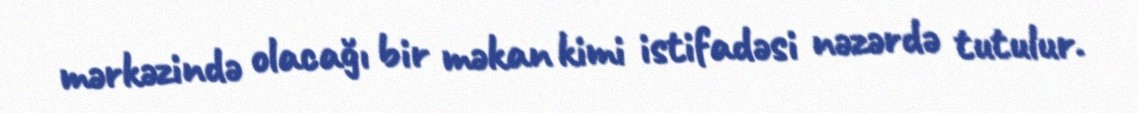
mərkəzində olacağı bir məkan kimi istifadəsi nəzərdə tutulur.